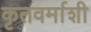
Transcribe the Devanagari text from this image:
कृतवर्माशी